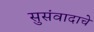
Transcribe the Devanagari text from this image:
सुसंवादाचे